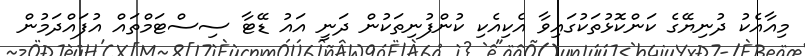
މިއާއެކު ދުނިޔޭގެ ކަންކޮޅުތަކުގައިވާ އެކިއެކި ކުންފުނިތަކުން ދަނީ އައު ޑޭޓާ ސިސްޓަމްތައް އުފައްދަމުން